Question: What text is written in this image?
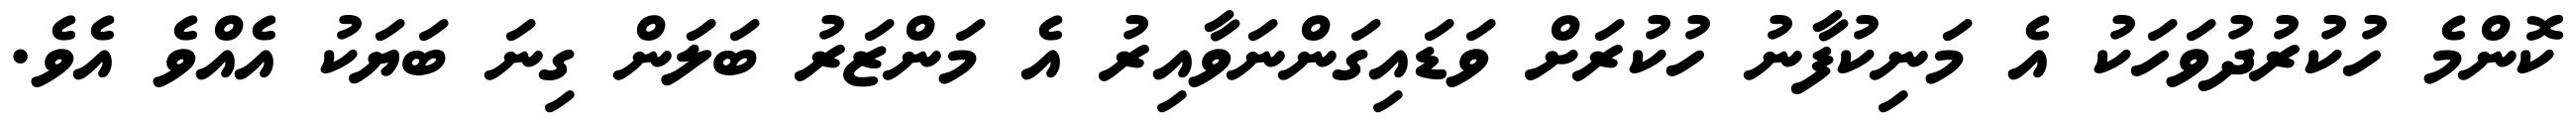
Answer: ކޮންމެ ހުކުރުދުވަހަކު އެ މަނިކުފާނު ހުކުރަށް ވަޑައިގަންނަވާއިރު އެ މަންޒަރު ބަލަން ގިނަ ބަޔަކު އެއްވެ އެވެ.